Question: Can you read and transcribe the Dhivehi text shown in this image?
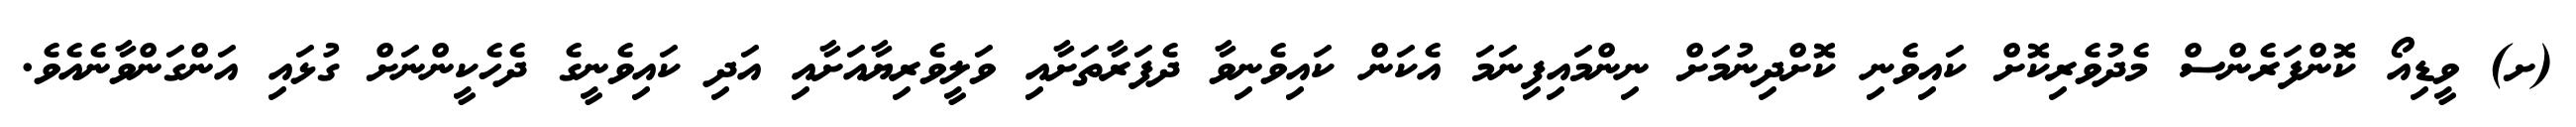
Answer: (ށ) ވީޑިއޯ ކޮންފަރެންސް މެދުވެރިކޮށް ކައިވެނި ކޮށްދިނުމަށް ނިންމައިފިނަމަ އެކަން ކައިވެނިވާ ދެފަރާތަށާއި ވަލީވެރިޔާއަށާއި އަދި ކައިވެނީގެ ދެހެކީންނަށް ގުޅައި އަންގަންވާނެއެވެ.